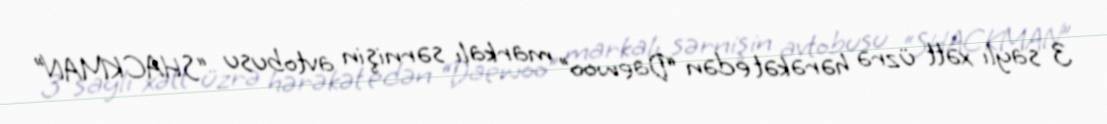
3 saylı xətt üzrə hərəkət edən “Daewoo” markalı sərnişin avtobusu “SHACKMAN”